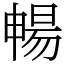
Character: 暢